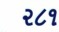
૨૮૧